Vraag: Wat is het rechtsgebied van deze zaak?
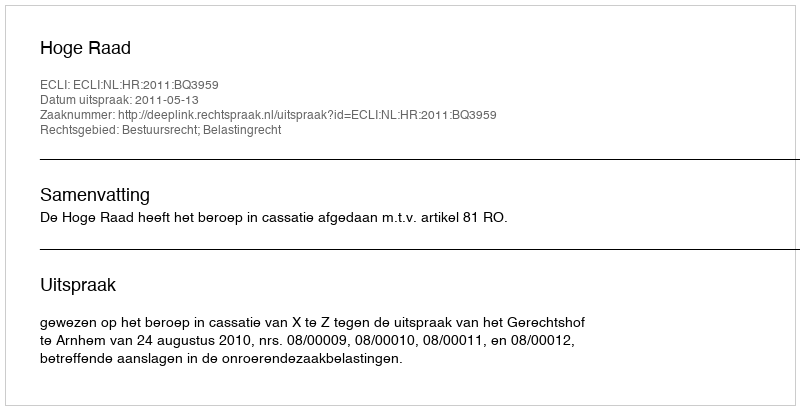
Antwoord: Bestuursrecht; Belastingrecht